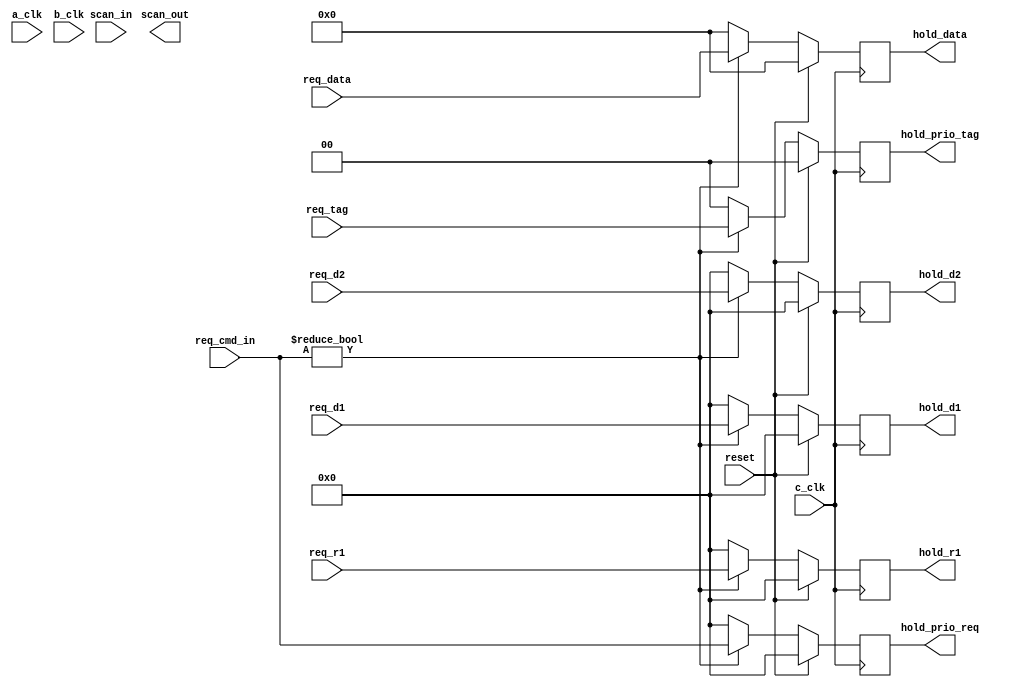
// Library:  calc3
// Module:  Hold Register

module holdreg(hold_d1, hold_d2, hold_data, hold_prio_req, hold_prio_tag, hold_r1, scan_out, a_clk, b_clk, c_clk, req_cmd_in, req_d1, req_d2, req_data, req_r1, req_tag, reset, scan_in);
   
   output [0:3] hold_d1, hold_d2, hold_prio_req, hold_r1;
   output [0:31] hold_data;
   output [0:1]  hold_prio_tag;
   output 	 scan_out;

   input 	 a_clk, b_clk, c_clk, scan_in, reset;
   input [0:3] 	 req_cmd_in, req_d1, req_d2, req_r1;
   input [0:31]  req_data;
   input [0:1] 	req_tag;
   
   reg [0:3] 	hold_cmd_q, hold_data_reg1_q, hold_data_reg2_q, hold_result_reg_q;
   reg [0:1] 	hold_tag_q;
   reg [0:31] 	hold_data_q;
      
   always
     @ (negedge c_clk) begin
	hold_cmd_q[0:3] <= (reset) ? 4'b0 :
			   (req_cmd_in != 4'b0) ? req_cmd_in :
			   4'b0;

	hold_data_reg1_q <= (reset) ? 4'b0 :
			    (req_cmd_in != 4'b0) ? req_d1 :
			    4'b0;

	hold_data_reg2_q <= (reset) ? 4'b0 :
			    (req_cmd_in != 4'b0) ? req_d2 :
			    4'b0;

	hold_result_reg_q <= (reset) ? 4'b0 :
			     (req_cmd_in != 4'b0) ? req_r1 :
			     4'b0;

	hold_tag_q <= (reset) ? 2'b0 :
		      (req_cmd_in != 4'b0) ? req_tag :
		      2'b0;

	hold_data_q <= (reset) ? 32'b0 :
		       (req_cmd_in != 4'b0) ? req_data :
		       32'b0;

     end // always @ (negedge c_clk)

   assign hold_prio_req = hold_cmd_q;
   assign hold_d1 = hold_data_reg1_q;
   assign hold_d2 = hold_data_reg2_q;
   assign hold_r1 = hold_result_reg_q;
   assign hold_prio_tag = hold_tag_q;
   assign hold_data = hold_data_q;
         
endmodule // holdreg